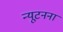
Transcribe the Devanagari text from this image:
न्यूटनना